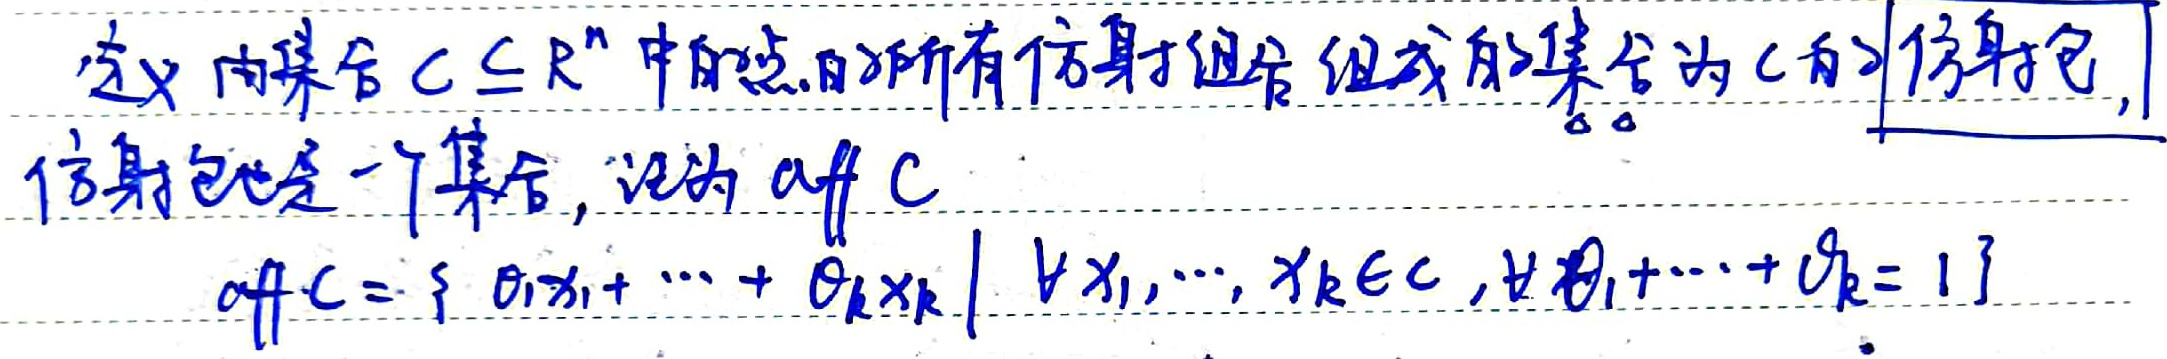
定义由集合 \(C \subseteq \mathbb{R}^n\)中的点的所有仿射组合组成的集合为 \(C\)的仿射包，仿射包也是一个集合，记为 \(\text{aff }C\)。

\(\text{aff }C = \{ \theta_1 x_1 + \cdots + \theta_k x_k\mid \forall x_1, \cdots, x_k \in C ，\text{且} \theta_1 + \cdots + \theta_k = 1\}\)